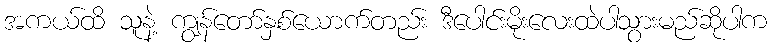
အကယ်ထိ သူနဲ့ ကျွန်တော်နှစ်ယောက်တည်း ဒီပေါင်းမိုးလေးထဲပါသွားမည်ဆိုပါက